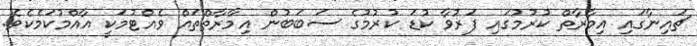
ޗައިނާގައި އިމާރާތް ކުރުމުގައި ފަރުވާ ކުޑަ ކުރުމުގެ ސަބަބުން އިމާރާތްތައް ވެއްޓުމަކީ އާއްމުކަމެކެވެ.